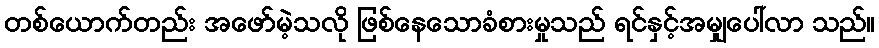
တစ်ယောက်တည်း အဖော်မဲ့သလို ဖြစ်နေသောခံစားမှုသည် ရင်နှင့်အမျှပေါ်လာ သည်။